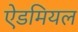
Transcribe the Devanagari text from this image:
ऐडमियल